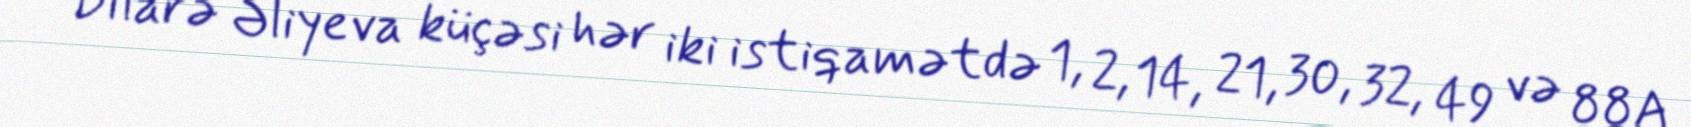
Dilarə Əliyeva küçəsi hər iki istiqamətdə 1, 2, 14, 21, 30, 32, 49 və 88A